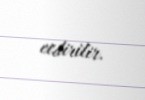
etdirilir.